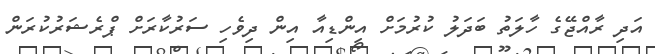
އަދި ރާއްޖޭގެ ހާލަތު ބަދަލު ކުރުމަށް އިންޑިއާ އިން ދިވެހި ސަރުކާރަށް ޕްރެޝަރުކުރަން